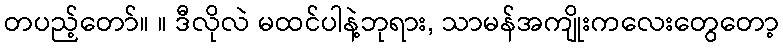
တပည့်တော်။ ။ ဒီလိုလဲ မထင်ပါနဲ့ဘုရား, သာမန်အကျိုးကလေးတွေတော့